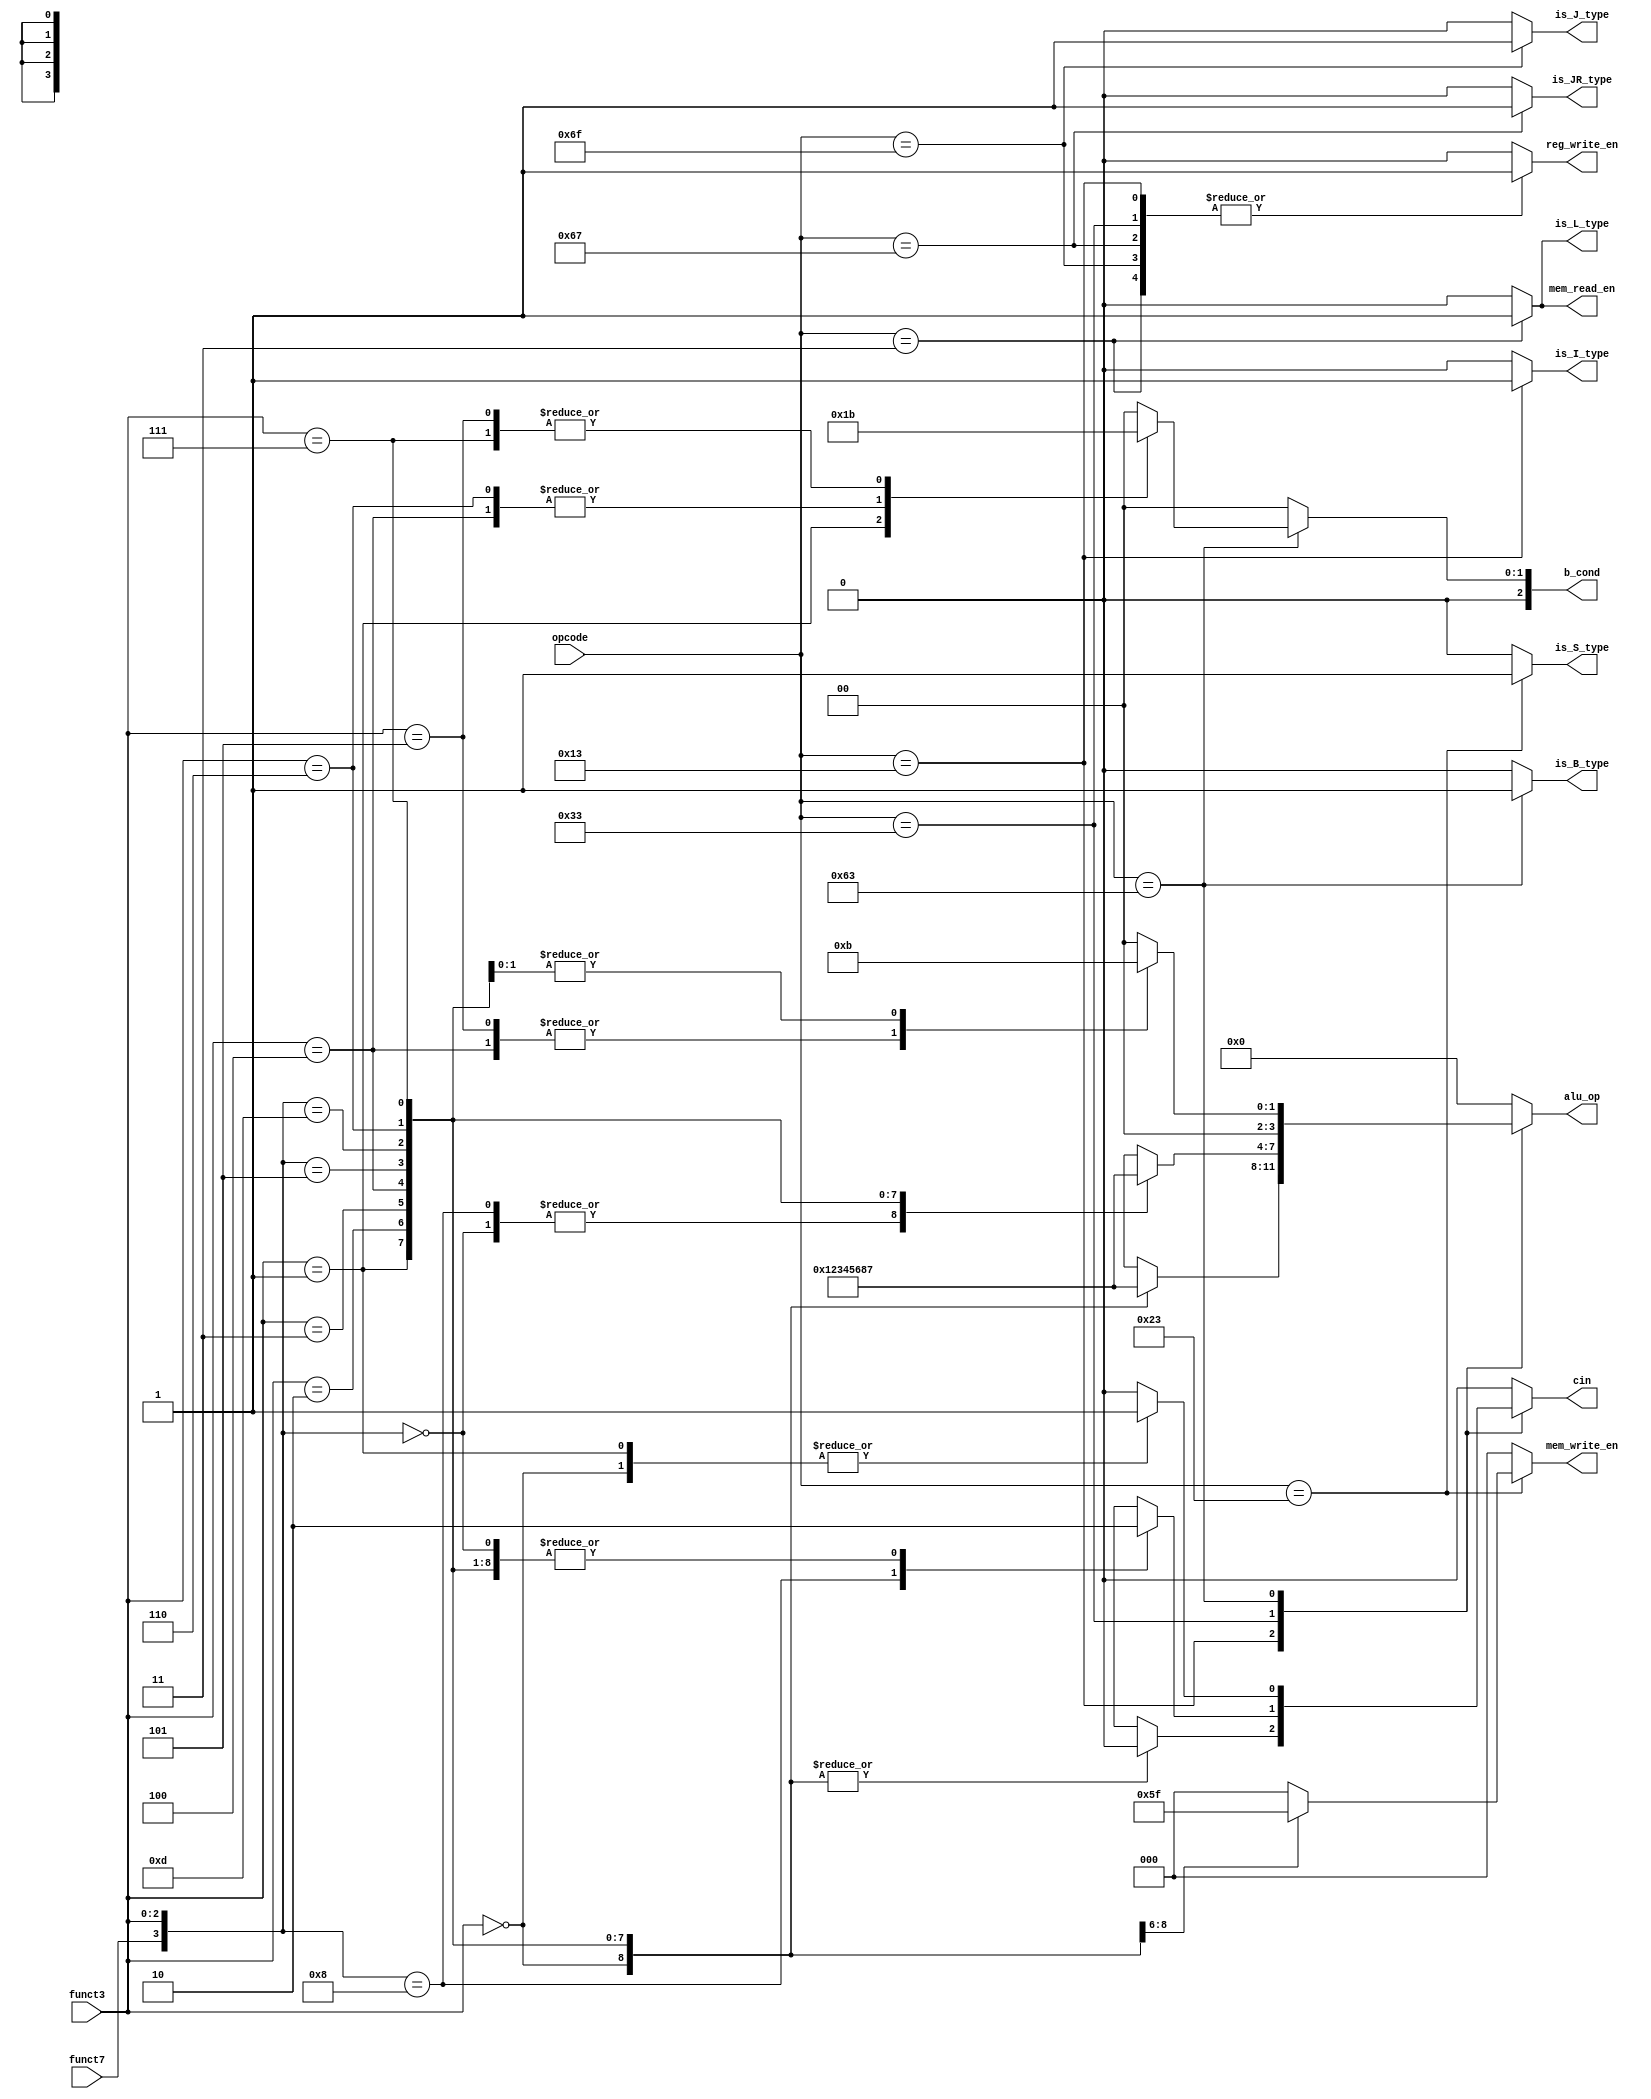
module risc_v_control #(parameter WORD_LENGTH =32)
                       (input [6:0] opcode,
	                input [2:0] funct3,
		        input funct7,
			output reg [3:0] alu_op,
			output reg cin,
			output reg is_I_type,
			output reg is_L_type,
			output reg is_S_type,
			output reg is_B_type,
			output reg is_J_type,
			output reg is_JR_type,
			output reg [2:0] b_cond,
			output reg reg_write_en,
			output reg mem_read_en,
			output reg [2:0] mem_write_en
		        );
always @(opcode,funct3,funct7)
begin
	is_I_type = 0;
	is_L_type = 0;
	is_S_type = 0;
	reg_write_en = 0;
        alu_op = 0;
	mem_read_en=0;
	mem_write_en =0;
	cin =0;
	is_J_type =0;
	is_JR_type =0;
	is_B_type =0;
	b_cond=0;
	case(opcode)
		7'b 0010011: begin
			          is_I_type=1;
				  reg_write_en=1;
				  casex({funct7,funct3})
					  4'b X000 : alu_op = 0;
	                                  4'b X001 : alu_op = 1;
                                          4'b X010 : alu_op = 2;
	                                  4'b X011 : alu_op = 3;
                                       	  4'b X100 : alu_op = 4;
	                                  4'b 0101 : alu_op = 5;
	                                  4'b 1101 : alu_op = 6;
	                                  4'b X110 : alu_op = 8; 
	                                  4'b X111 : alu_op = 7;
					  default : begin
						         alu_op=0;
							 cin=0;
						    end
				  endcase
			     end
					
                7'b 0110011: begin
				  reg_write_en=1;
				  casex({funct7,funct3})
					  4'b 0000 : alu_op = 0;
					  4'b 1000 : begin
						          alu_op = 0;
							  cin=1;
						     end
	                                  4'b X001 : alu_op = 1;
                                          4'b X010 : alu_op = 2;
	                                  4'b X011 : alu_op = 3;
                                       	  4'b X100 : alu_op = 4;
	                                  4'b 0101 : alu_op = 5;
	                                  4'b 1101 : alu_op = 6;
	                                  4'b X110 : alu_op = 8; 
	                                  4'b X111 : alu_op = 7;
					  default : begin 
					                 alu_op=0;
							 cin=0;
						    end
				  endcase
			     end
	        7'b 0000011: begin
				  is_L_type = 1;
				  alu_op = 0;
				  mem_read_en =1;
				  reg_write_en =1;
			     end
	        7'b 0100011: begin
		                   is_S_type=1;
		                   alu_op=0;
				   mem_write_en = 1;
				   case(funct3)
					   3'b 000: mem_write_en = 1;
					   3'b 001: mem_write_en = 3;
					   3'b 010: mem_write_en = 7;
					   default: mem_write_en = 0;
				   endcase
		             end		   
	        7'b 1101111: begin
                                   is_J_type =1;
	                           reg_write_en =1;
	                     end
	        7'b 1100111: begin
                                   is_JR_type = 1;
	                           reg_write_en =1;
		             end
	        7'b 1100011: begin
			           is_B_type = 1;
                                   case(funct3)
					   3'b 000: begin
						          alu_op =0;
		                                          cin =1;
			                                  b_cond =0;
			                            end
		                           3'b 001: begin
	                                                  alu_op =0;
	                                                  cin =1;
	                                                  b_cond =1;
	                                            end
                                           3'b 100: begin
                                                          alu_op = 2;
                                                          b_cond =2;
					            end
				           3'b 101: begin
			                                  alu_op =2;
			                                  b_cond =3;
						    end
		                           3'b 110: begin
	                                                  alu_op = 3;
	                                                  b_cond = 2;
						    end
                                           3'b 111: begin
                                                          alu_op = 3;
                                                          b_cond = 3;
                                                    end
					   default: begin
						         b_cond =0;
				                         alu_op =0;
				                         cin =0;
						    end 			 
				   endcase
			     end				   

	          default: begin
			        is_I_type = 0;
				is_L_type = 0;
				is_S_type = 0;
		                reg_write_en = 0;
				alu_op = 0;
				mem_read_en=0;
				mem_write_en =0;
				cin =0;
				is_J_type =0;
				is_JR_type =0;
				is_B_type =0;
				b_cond=0;
			   end
	endcase
end
endmodule